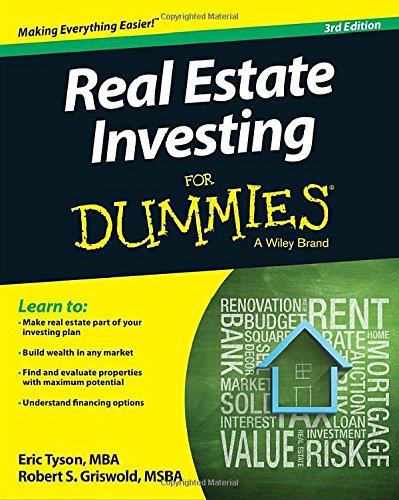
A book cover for Real Estate Investing For Dummies; Eric Tyson; Business & Money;